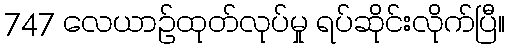
747 လေယာဉ်ထုတ်လုပ်မှု ရပ်ဆိုင်းလိုက်ပြီ။